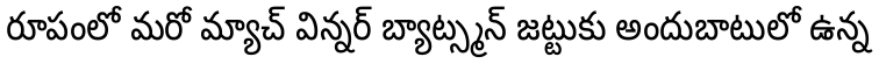
రూపంలో మరో మ్యాచ్ విన్నర్ బ్యాట్స్మన్ జట్టుకు అందుబాటులో ఉన్న